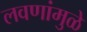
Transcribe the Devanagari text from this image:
लवणांमुळे